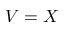
V = X